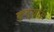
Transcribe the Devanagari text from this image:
कृत्यांस